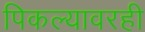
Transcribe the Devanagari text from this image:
पिकल्यावरही